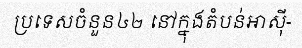
ប្រទេសចំនួន៤២ នៅក្នុងតំបន់អាស៊ី-